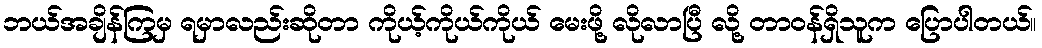
ဘယ်အချိန်ကြမှ ရမှာလည်းဆိုတာ ကိုယ့်ကိုယ်ကိုယ် မေးဖို့ လိုလာပြီ လို့ တာဝန်ရှိသူက ပြောပါတယ်။